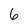
Character: 6